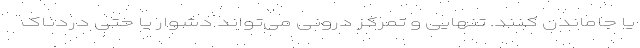
یا جاماندن کنند. تنهایی و تمرکز درونی می‌تواند دشوار یا حتی دردناک